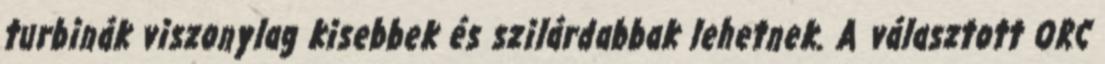
turbinák viszonylag kisebbek és szilárdabbak lehetnek. A választott ORC